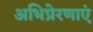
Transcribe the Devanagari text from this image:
अभिप्रेरणाएं